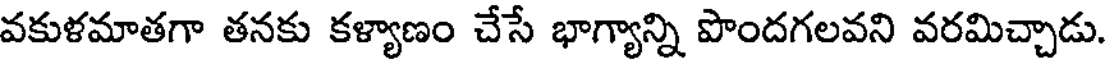
వకుళమాతగా తనకు కళ్యాణం చేసే భాగ్యాన్ని పొందగలవని వరమిచ్చాడు.